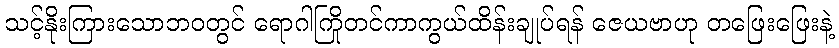
သင့်နိုးကြားသောဘဝတွင် ရောဂါကြိုတင်ကာကွယ်ထိန်းချုပ်ရန် ဇေယဗာဟု တဖြေးဖြေးနဲ့